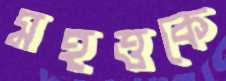
মহত্তকে